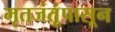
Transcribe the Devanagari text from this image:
मृतजंतूंपासून